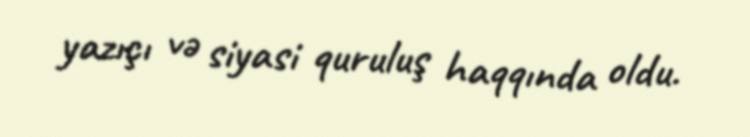
yazıçı və siyasi quruluş haqqında oldu.